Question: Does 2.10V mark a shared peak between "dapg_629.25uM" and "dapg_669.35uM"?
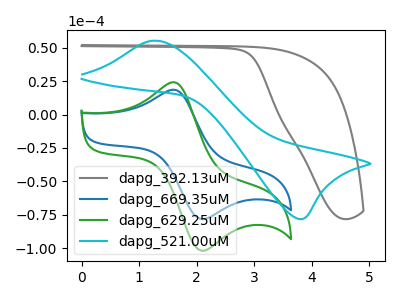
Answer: <think>The gray curve "dapg_392.13uM" has no peaks. The blue curve "dapg_669.35uM" has an anodic peak at (1.65V, 18.45uA) and a cathodic peak at (2.10V, -78.25uA). The green curve "dapg_629.25uM" has an anodic peak at (1.65V, 24.00uA) and a cathodic peak at (2.10V, -101.85uA). The cyan curve "dapg_521.00uM" has an anodic peak at (1.25V, 55.20uA) and a cathodic peak at (3.85V, -78.05uA).</think>
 <answer>Yes, "dapg_629.25uM" and "dapg_669.35uM" share a peak at 2.10V.</answer>
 <eval>match</eval>